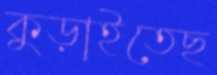
কুড়াইতেছ